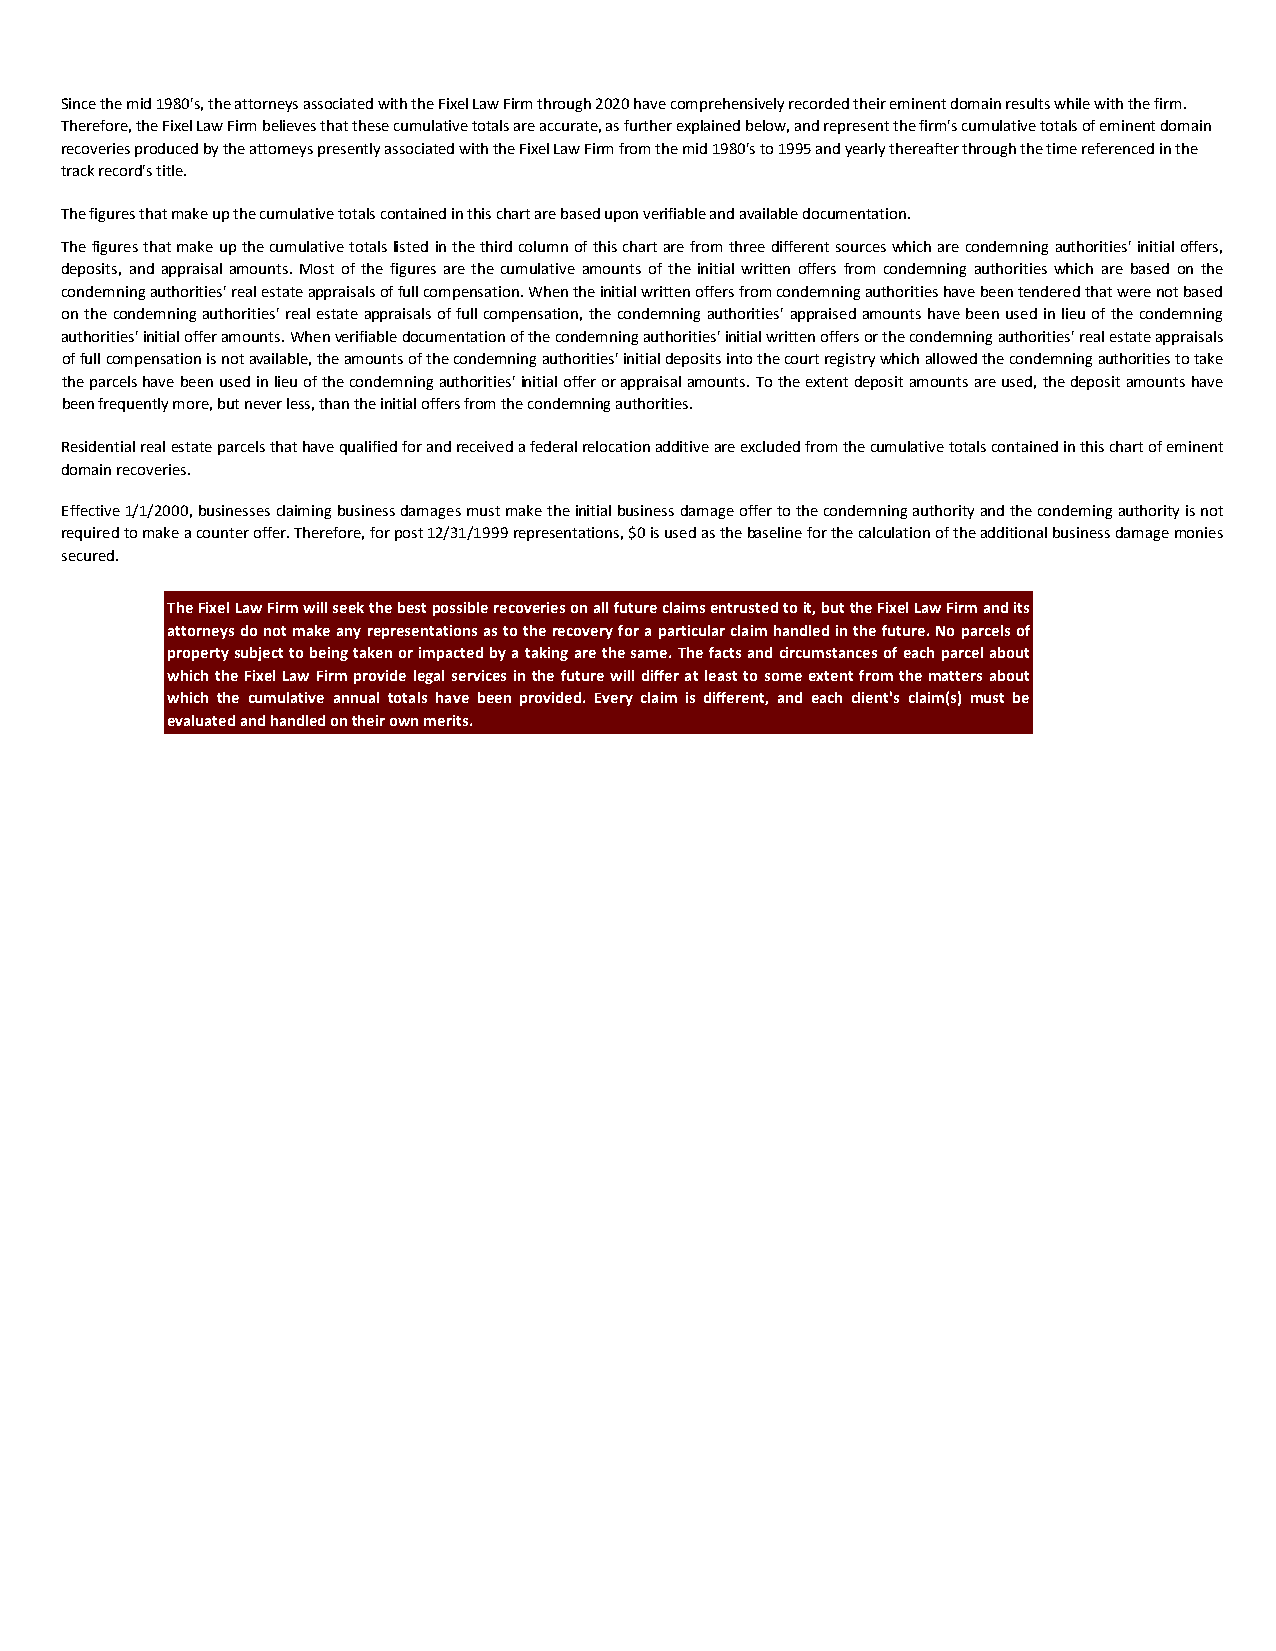
Since the mid 1980's, the attorneys associated with the Fixel Law Firm through 2020 have comprehensively recorded their eminent domain results while with the firm.
 Therefore, the Fixel Law Firm believes that these cumulative totals are accurate, as further explained below, and represent the firm's cumulative totals of eminent domain
 recoveries produced by the attorneys presently associated with the Fixel Law Firm from the mid 1980's to 1995 and yearly thereafter through the time referenced in the
 track record's title.
 The figures that make up the cumulative totals contained in this chart are based upon verifiable and available documentation.
 Thefiguresthatmakeupthecumulativetotalslistedinthethirdcolumnofthischartarefromthreedifferentsourceswhicharecondemningauthorities'initialoffers,
 deposits, and appraisal amounts. Most of the figures are the cumulative amounts of the initial written offers from condemning authorities which are based on the
 condemningauthorities'realestateappraisalsoffullcompensation.Whentheinitialwrittenoffersfromcondemningauthoritieshavebeentenderedthatwerenotbased
 onthecondemningauthorities'realestateappraisalsoffullcompensation,thecondemningauthorities'appraisedamountshavebeenusedinlieuofthecondemning
 authorities'initialofferamounts.Whenverifiabledocumentationofthecondemningauthorities'initialwrittenoffersorthecondemningauthorities'realestateappraisals
 offullcompensationisnotavailable,theamountsofthecondemningauthorities'initialdepositsintothecourtregistrywhichallowedthecondemningauthoritiestotake
 theparcelshavebeenusedinlieuofthecondemningauthorities'initialofferorappraisalamounts.Totheextentdepositamountsareused,thedepositamountshave
 been frequently more, but never less, than the initial offers from the condemning authorities.
 Residentialrealestateparcelsthathavequalifiedforandreceivedafederalrelocationadditiveareexcludedfromthecumulativetotalscontainedinthischartofeminent
 domain recoveries.
 Effective1/1/2000,businessesclaimingbusinessdamagesmustmaketheinitialbusinessdamageoffertothecondemningauthorityandthecondemingauthorityisnot
 requiredtomakeacounteroffer.Therefore,forpost12/31/1999representations,$0isusedasthebaselineforthecalculationoftheadditionalbusinessdamagemonies
 secured.
 TheFixelLawFirmwillseekthebestpossiblerecoveriesonallfutureclaimsentrustedtoit,buttheFixelLawFirmandits
 attorneysdonotmakeanyrepresentationsastotherecoveryforaparticularclaimhandledinthefuture.Noparcelsof
 propertysubjecttobeingtakenorimpactedbyatakingarethesame.Thefactsandcircumstancesofeachparcelabout
 whichtheFixelLawFirmprovidelegalservicesinthefuturewilldifferatleasttosomeextentfromthemattersabout
 which the cumulative annual totals have been provided. Every claim is different, and each client's claim(s) must be
 evaluated and handled on their own merits.